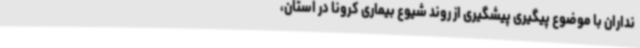
نداران با موضوع پیگیری پیشگیری از روند شیوع بیماری کرونا در استان،